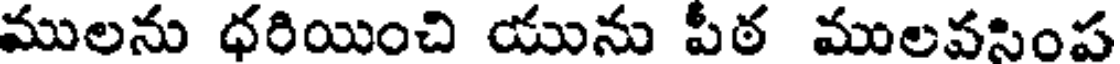
ములను ధరియించి యును పీఠ ములవసింప